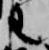
王